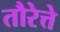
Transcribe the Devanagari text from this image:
तौरेत्ते